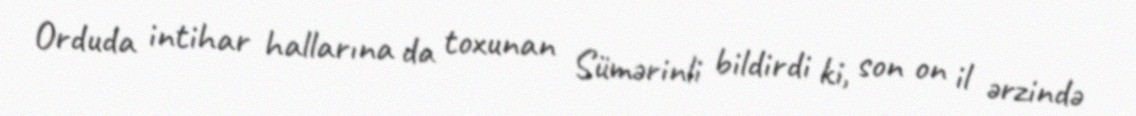
Orduda intihar hallarına da toxunan Sümərinli bildirdi ki, son on il ərzində